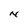
Character: N